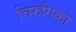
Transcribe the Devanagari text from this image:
चिरुगिको